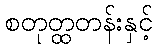
စတုတ္ထတန်းနှင့်